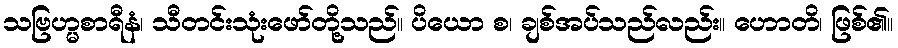
သဗြဟ္မစာရီနံ၊ သီတင်းသုံးဖော်တို့သည်။ ပိယော စ၊ ချစ်အပ်သည်လည်း။ ဟောတိ၊ ဖြစ်၏။